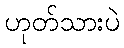
ဟုတ်သားပဲ